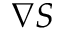
\nabla S